Papers set at the Examination for Leaving Certificates, 1890
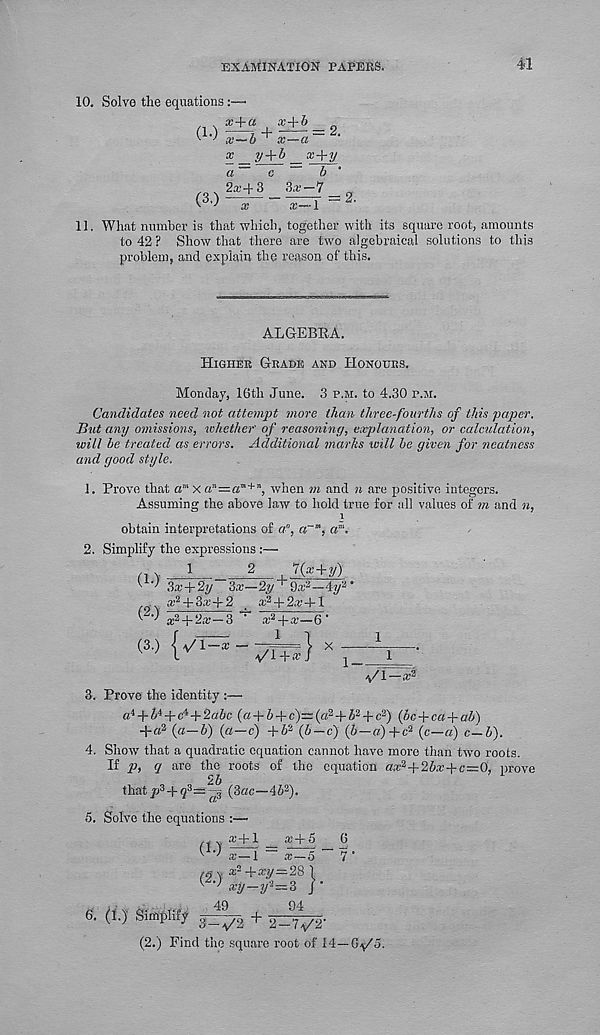
EXAMINATION PAPERS.
41
10. Solve the equations
, \ x+a
C 1 -) ^ +
x + b
x—a 2.
(3.)
x _ y + b _ x + y
a~~ c ~ b ’
2«-(-3 3a'—7 n
~lc
x—1 ~ 2 '
11. What number is that which, together with its square root, amounts
to 42 ? Show that there are two algebraical solutions to this
problem, and explain the reason of this.
ALGEBRA.
Higher Grade and Honours.
Monday, 16th June. 3 p.m. to 4.30 p.m.
Candidates need not attempt more than three-fourths of this paper.
But any omissions, whether' of reasoning, explanation, or calculation,
will be treated as errors. Additional marhs will be given for neatness
and good style.
1. Prove that a m x a''—a m+ ", when ?« and n are positive integers.
Assuming the above law to hold true for .‘ill values of ?n and n,
i
obtain interpretations of a 0 , a~m, a m .
2. Simplify the expressions
1
2
7(x+y)
(l->
(2.)
3x+2y 3x—2y ^~9a, ,a —4y 2 '
a; 2 + 3a’ + 2 _ a; 2 + 2.'r+l
ai a + 2a;—3 ' x 2 +x—6'
'/l—a: 2
3. Prove the identity :—
a' 1 + i 4 + c' ,! +2a6c (a + b + c)—(a 2 + b 2 + c 3 ) (bc + ca + ab)
+a 2 (a—b) (a—c) +5 a (b—c) (6—«)+c 2 (c—«) c—b).
4. Show that a quadratic equation cannot have more than two roots.
If p, q are the roots of the equation ax' i +2bx-\-c=0, prove
thaty> 3 + 9 3 =^| (3ac—45 2 ).
5. Solve the equations :—
x-\-1
il? T o
x—1
a; —5
y x- +.-ry = 28 1
xy-y l -3 /•
(IO-
CS.)
AC)
6. (1.) Simplify TZTTb +
94
3 — a/2 T 2—7\/2'
(2.) Find the square root of 14—Gy'S.